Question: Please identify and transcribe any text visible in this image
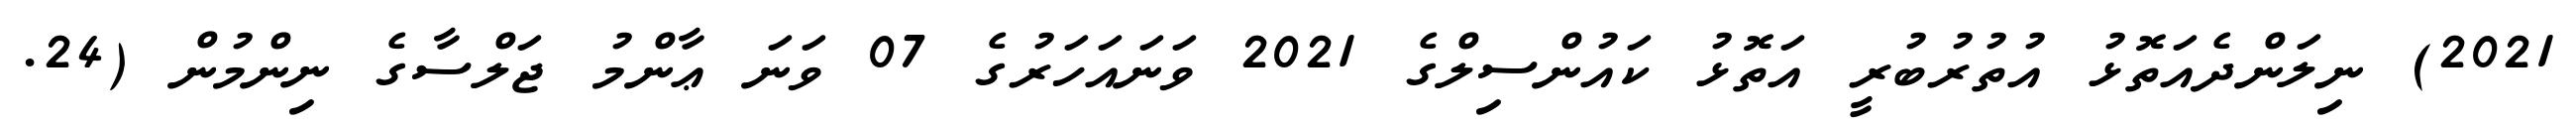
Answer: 2021) ނިލަންދެއަތޮޅު އުތުރުބުރީ އަތޮޅު ކައުންސިލްގެ 2021 ވަނައަހަރުގެ 07 ވަނަ ޢާންމު ޖަލްސާގެ ނިންމުން (24.